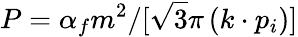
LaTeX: P=\alpha_{f}m^{2}/[\sqrt{3}\pi\left(k\cdot p_{i}\right)]